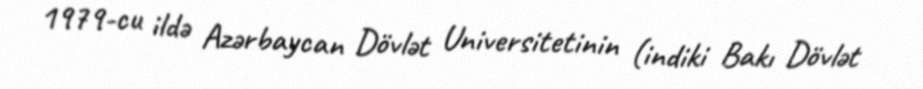
1979-cu ildə Azərbaycan Dövlət Universitetinin (indiki Bakı Dövlət